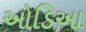
ઓડિઆ